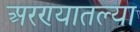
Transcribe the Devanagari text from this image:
अरण्यातल्या